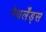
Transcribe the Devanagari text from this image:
नेधर्लेंड्स